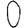
Digit: 0